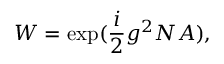
{ \cal W } = \exp ( \frac { i } { 2 } g ^ { 2 } N { \cal A } ) ,